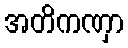
အတိကဏှာ